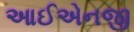
આઈએનજી